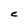
Character: C